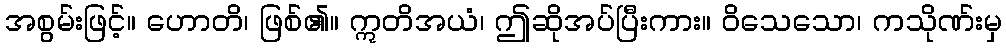
အစွမ်းဖြင့်။ ဟောတိ၊ ဖြစ်၏။ ဣတိအယံ၊ ဤဆိုအပ်ပြီးကား။ ဝိသေသော၊ ကသိုဏ်းမှ